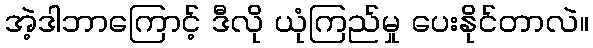
အဲ့ဒါဘာကြောင့် ဒီလို ယုံကြည်မှု ပေးနိုင်တာလဲ။